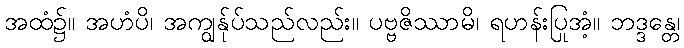
အထံ၌။ အဟံပိ၊ အကျွန်ုပ်သည်လည်း။ ပဗ္ဗဇိဿာမိ၊ ရဟန်းပြုအံ့။ ဘဒ္ဒန္တေ၊